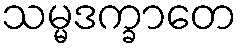
သမ္မဒက္ခာတေ